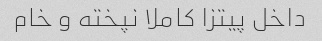
داخل پیتزا کاملا نپخته و خام